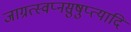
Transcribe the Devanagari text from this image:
जाग्रत्स्वप्नसुषुप्त्यादि